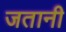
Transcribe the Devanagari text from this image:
जतानी